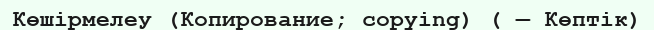
Көшірмелеу (Копирование; copying) ( — Көптік)